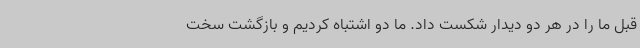
قبل ما را در هر دو دیدار شکست داد. ما دو اشتباه کردیم و بازگشت سخت